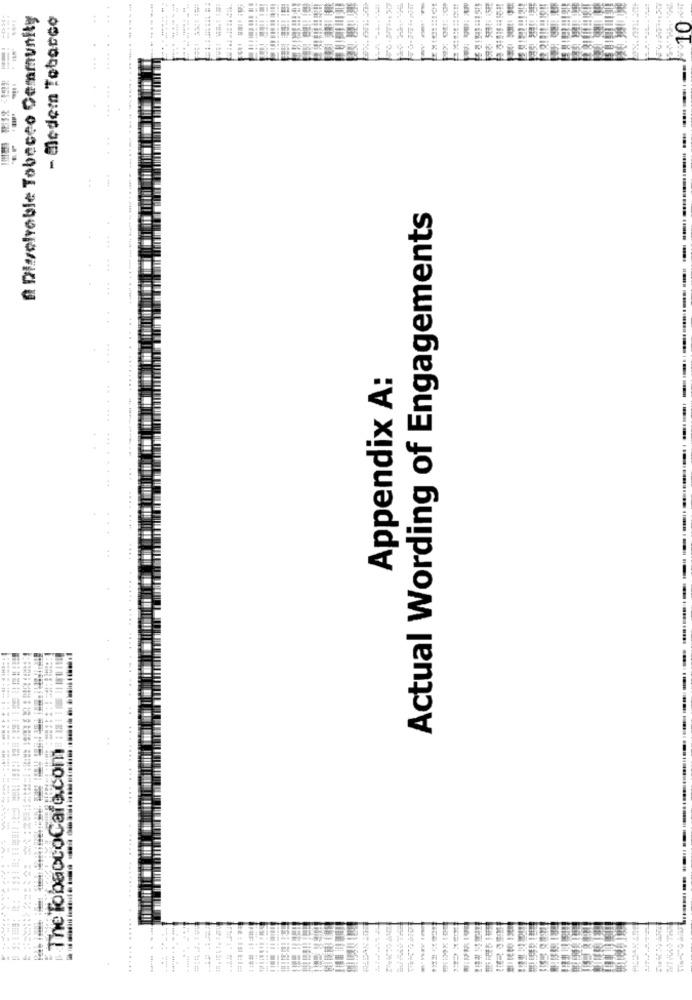
A Dissolvable Tobacco Demmunity
- Modem Tebarco
10
Actual Wording of Engagements
...
Appendix A:
The TobaccoCafe.com
..... ...
....